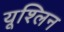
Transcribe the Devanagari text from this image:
यूश्लिन